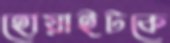
হোয়াইটকে